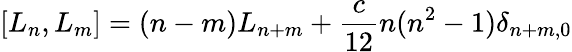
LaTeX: [L_{n},L_{m}]=(n-m)L_{n+m}+\frac{c}{12}n(n^{2}-1)\delta_{n+m,0}